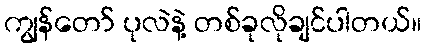
ကျွန်တော် ပုလဲနဲ့ တစ်ခုလိုချင်ပါတယ်။